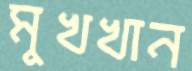
মুখখান